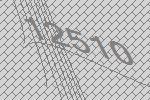
12510